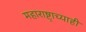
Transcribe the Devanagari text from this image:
महाराष्ट्राच्याही